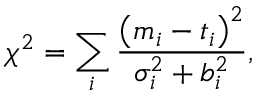
\chi ^ { 2 } = \sum _ { i } \frac { \left( m _ { i } - t _ { i } \right) ^ { 2 } } { \sigma _ { i } ^ { 2 } + b _ { i } ^ { 2 } } ,